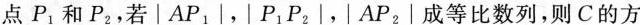
点P_{ 1 }和P_{ 2 }，若|AP_{ 1 }|，|P1P_{ 2 }|，|AP_{ 2 }|成等比数列，则C的方